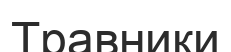
Травники